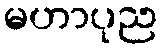
မဟာပုည